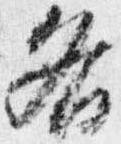
各